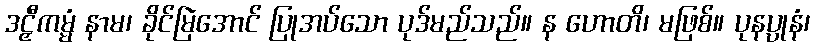
ဒဠှီကမ္မံ နာမ၊ ခိုင်မြဲအောင် ပြုအပ်သော ပုဒ်မည်သည်။ န ဟောတိ၊ မဖြစ်။ ပုနပ္ပုနံ၊